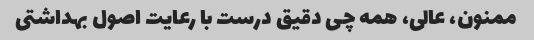
ممنون، عالی، همه چی دقیق درست با رعایت اصول بهداشتی